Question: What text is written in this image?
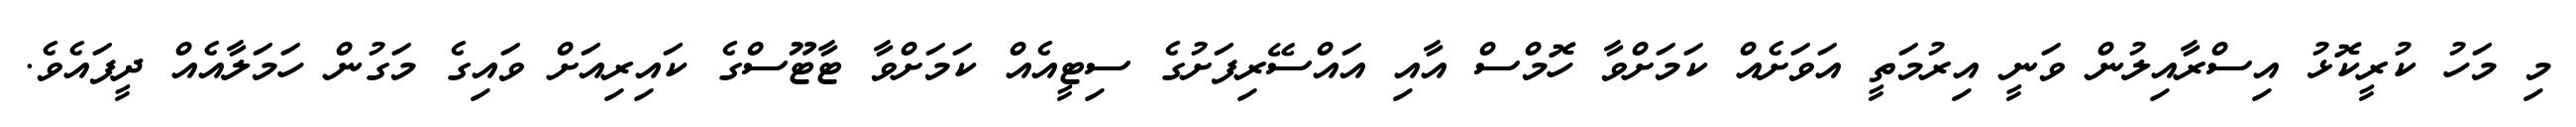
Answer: މި މަހު ކުރީކޮޅު އިސްރާއިލުން ވަނީ އިރުމަތީ އަވަށެއް ކަމަށްވާ ހޮމްސް އާއި އައްސޭރިފަށުގެ ސިޓީއެއް ކަމަށްވާ ޓާޓޫސްގެ ކައިރިއަށް ވައިގެ މަގުން ހަމަލާއެއް ދީފައެވެ.